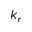
k _ { r }